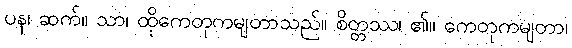
ပန၊ ဆက်။ သာ၊ ထိုကေတုကမျတာသည်။ စိတ္တဿ၊ ၏။ ကေတုကမျတာ၊